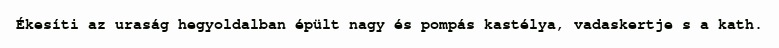
Ékesíti az uraság hegyoldalban épült nagy és pompás kastélya, vadaskertje s a kath.